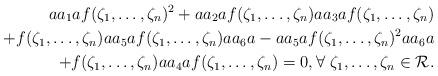
LaTeX: \begin{align*} aa_1af(\zeta_1,\ldots ,\zeta_n)^2 +aa_2af(\zeta_1,\ldots ,\zeta_n)aa_3af(\zeta_1,\ldots ,\zeta_n)\\ +f(\zeta_1,\ldots ,\zeta_n)aa_5af(\zeta_1,\ldots ,\zeta_n)aa_6a-aa_5af(\zeta_1,\ldots ,\zeta_n)^2aa_6a\\ +f(\zeta_1,\ldots ,\zeta_n)aa_4af(\zeta_1,\ldots ,\zeta_n) =0, \forall \ \zeta_1,\ldots ,\zeta_n\in \mathcal{R}.\end{align*}